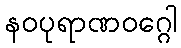
နဝပုရာဏဝဂ္ဂေါ